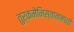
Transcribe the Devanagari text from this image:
तुर्कमेनिस्तानमध्ये